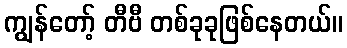
ကျွန်တော့် တီဗီ တစ်ခုခုဖြစ်နေတယ်။